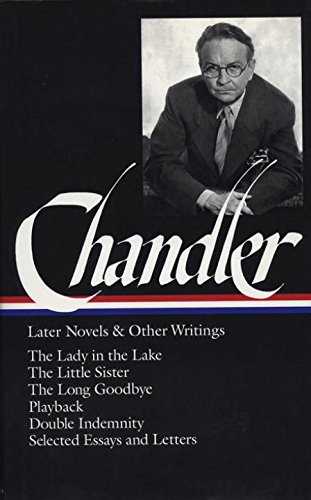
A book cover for Raymond Chandler: Later Novels and Other Writings: The Lady in the Lake / The Little Sister / The Long Goodbye / Playback /Double Indemnity / Selected Essays and Letters (Library of America); Raymond Chandler; Mystery, Thriller & Suspense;